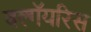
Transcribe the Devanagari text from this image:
वल्गॅयरिस